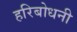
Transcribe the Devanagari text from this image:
हरिबोधनी